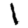
Digit: 1